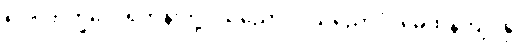
၅၁။ ဘိက္ခဝေ၊ ရဟန်းတို့။ သညောဂဝိသညောဂံ၊ မေထုန်ကျင့်နှင့်